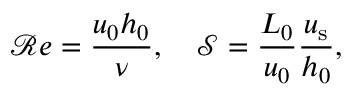
\mathcal { R } e = \frac { u _ { 0 } h _ { 0 } } { \nu } , \quad \mathcal { S } = \frac { L _ { 0 } } { u _ { 0 } } \frac { u _ { \mathrm { s } } } { h _ { 0 } } ,